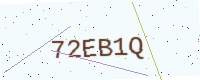
Text: 72EB1Q